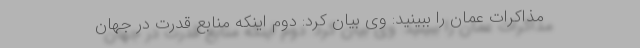
مذاکرات عمان را ببینید: وی بیان کرد: دوم اینکه منابع قدرت در جهان